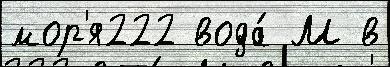
мор'я222 вода́ М в